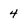
Character: 4